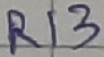
Text: R13